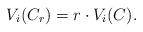
LaTeX: \begin{align*}V_i (C_r) = r\cdot V_i(C).\end{align*}